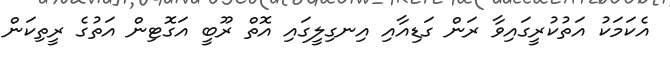
އެކަމަކު އަތުކުރީގައިވާ ރަން ގަޑިއާއި އިނގިލީގައި އޮތް ރޫބީ އަގޮޓިން އަތުގެ ރީތިކަން